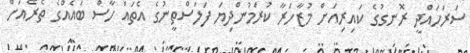
ސަރަހައްދީ ރޮނގުގެ ކައިރިއަށް މުޒާހަރާ ކުރަމުންދިޔަ ފަލަސްތީނުގެ އެތައް ހާސް ބައެއްގެ ތެރެއަށް